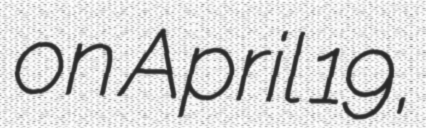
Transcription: on April 19,